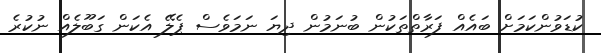
ކުޑަވުންކަމަށް ބައެއް ފަރާތްތަކުން ބުނަމުން ދިޔަ ނަމަވެސް ޕެލޭ އެކަން ގަބޫލެއް ނުކުރެ